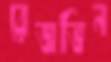
রেজভিন